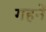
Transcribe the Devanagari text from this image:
गहनें